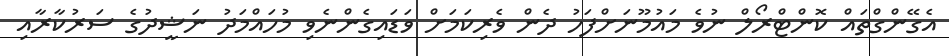
އެގޭންގްތައް ކޮންޓްރޯލް ނުވެ މައުމޫނަށްފަހު ދެން ވެރިކަމަށް ވަޑައިގެންނެވި މުހައްމަދު ނަޝީދުގެ ސަރުކާރާއި